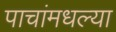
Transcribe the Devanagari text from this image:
पाचांमधल्या